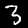
Label: 3